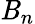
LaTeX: \mathit{B}_{n}